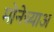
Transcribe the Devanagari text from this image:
मोनेच्याअ